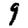
Digit: 9